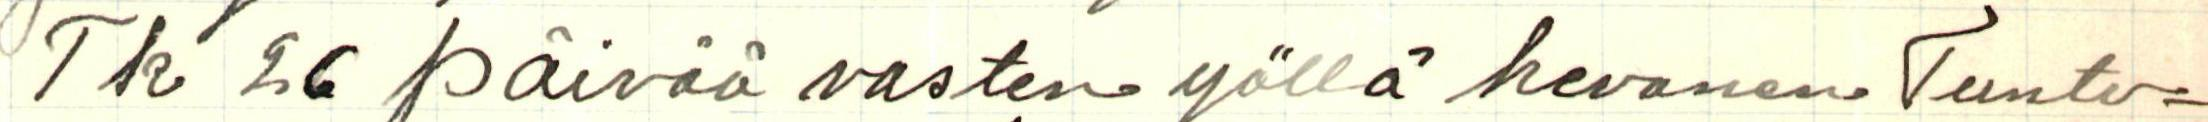
Tk 26 päivää vasten yöllä hevonen. Tunto=